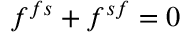
\boldsymbol { f } ^ { f s } + \boldsymbol { f } ^ { s f } = 0